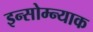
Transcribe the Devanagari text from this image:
इन्सोम्न्याक